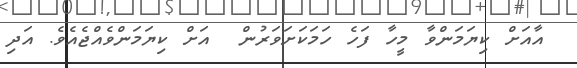
އާއަށް ކިޔަމަންވާ މީހާ ފަހެ ހަމަކަށަވަރުން  އަށް ކިޔަމަންވެއްޖެއެެވެ. އަދި